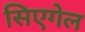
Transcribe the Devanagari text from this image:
सिएगेल